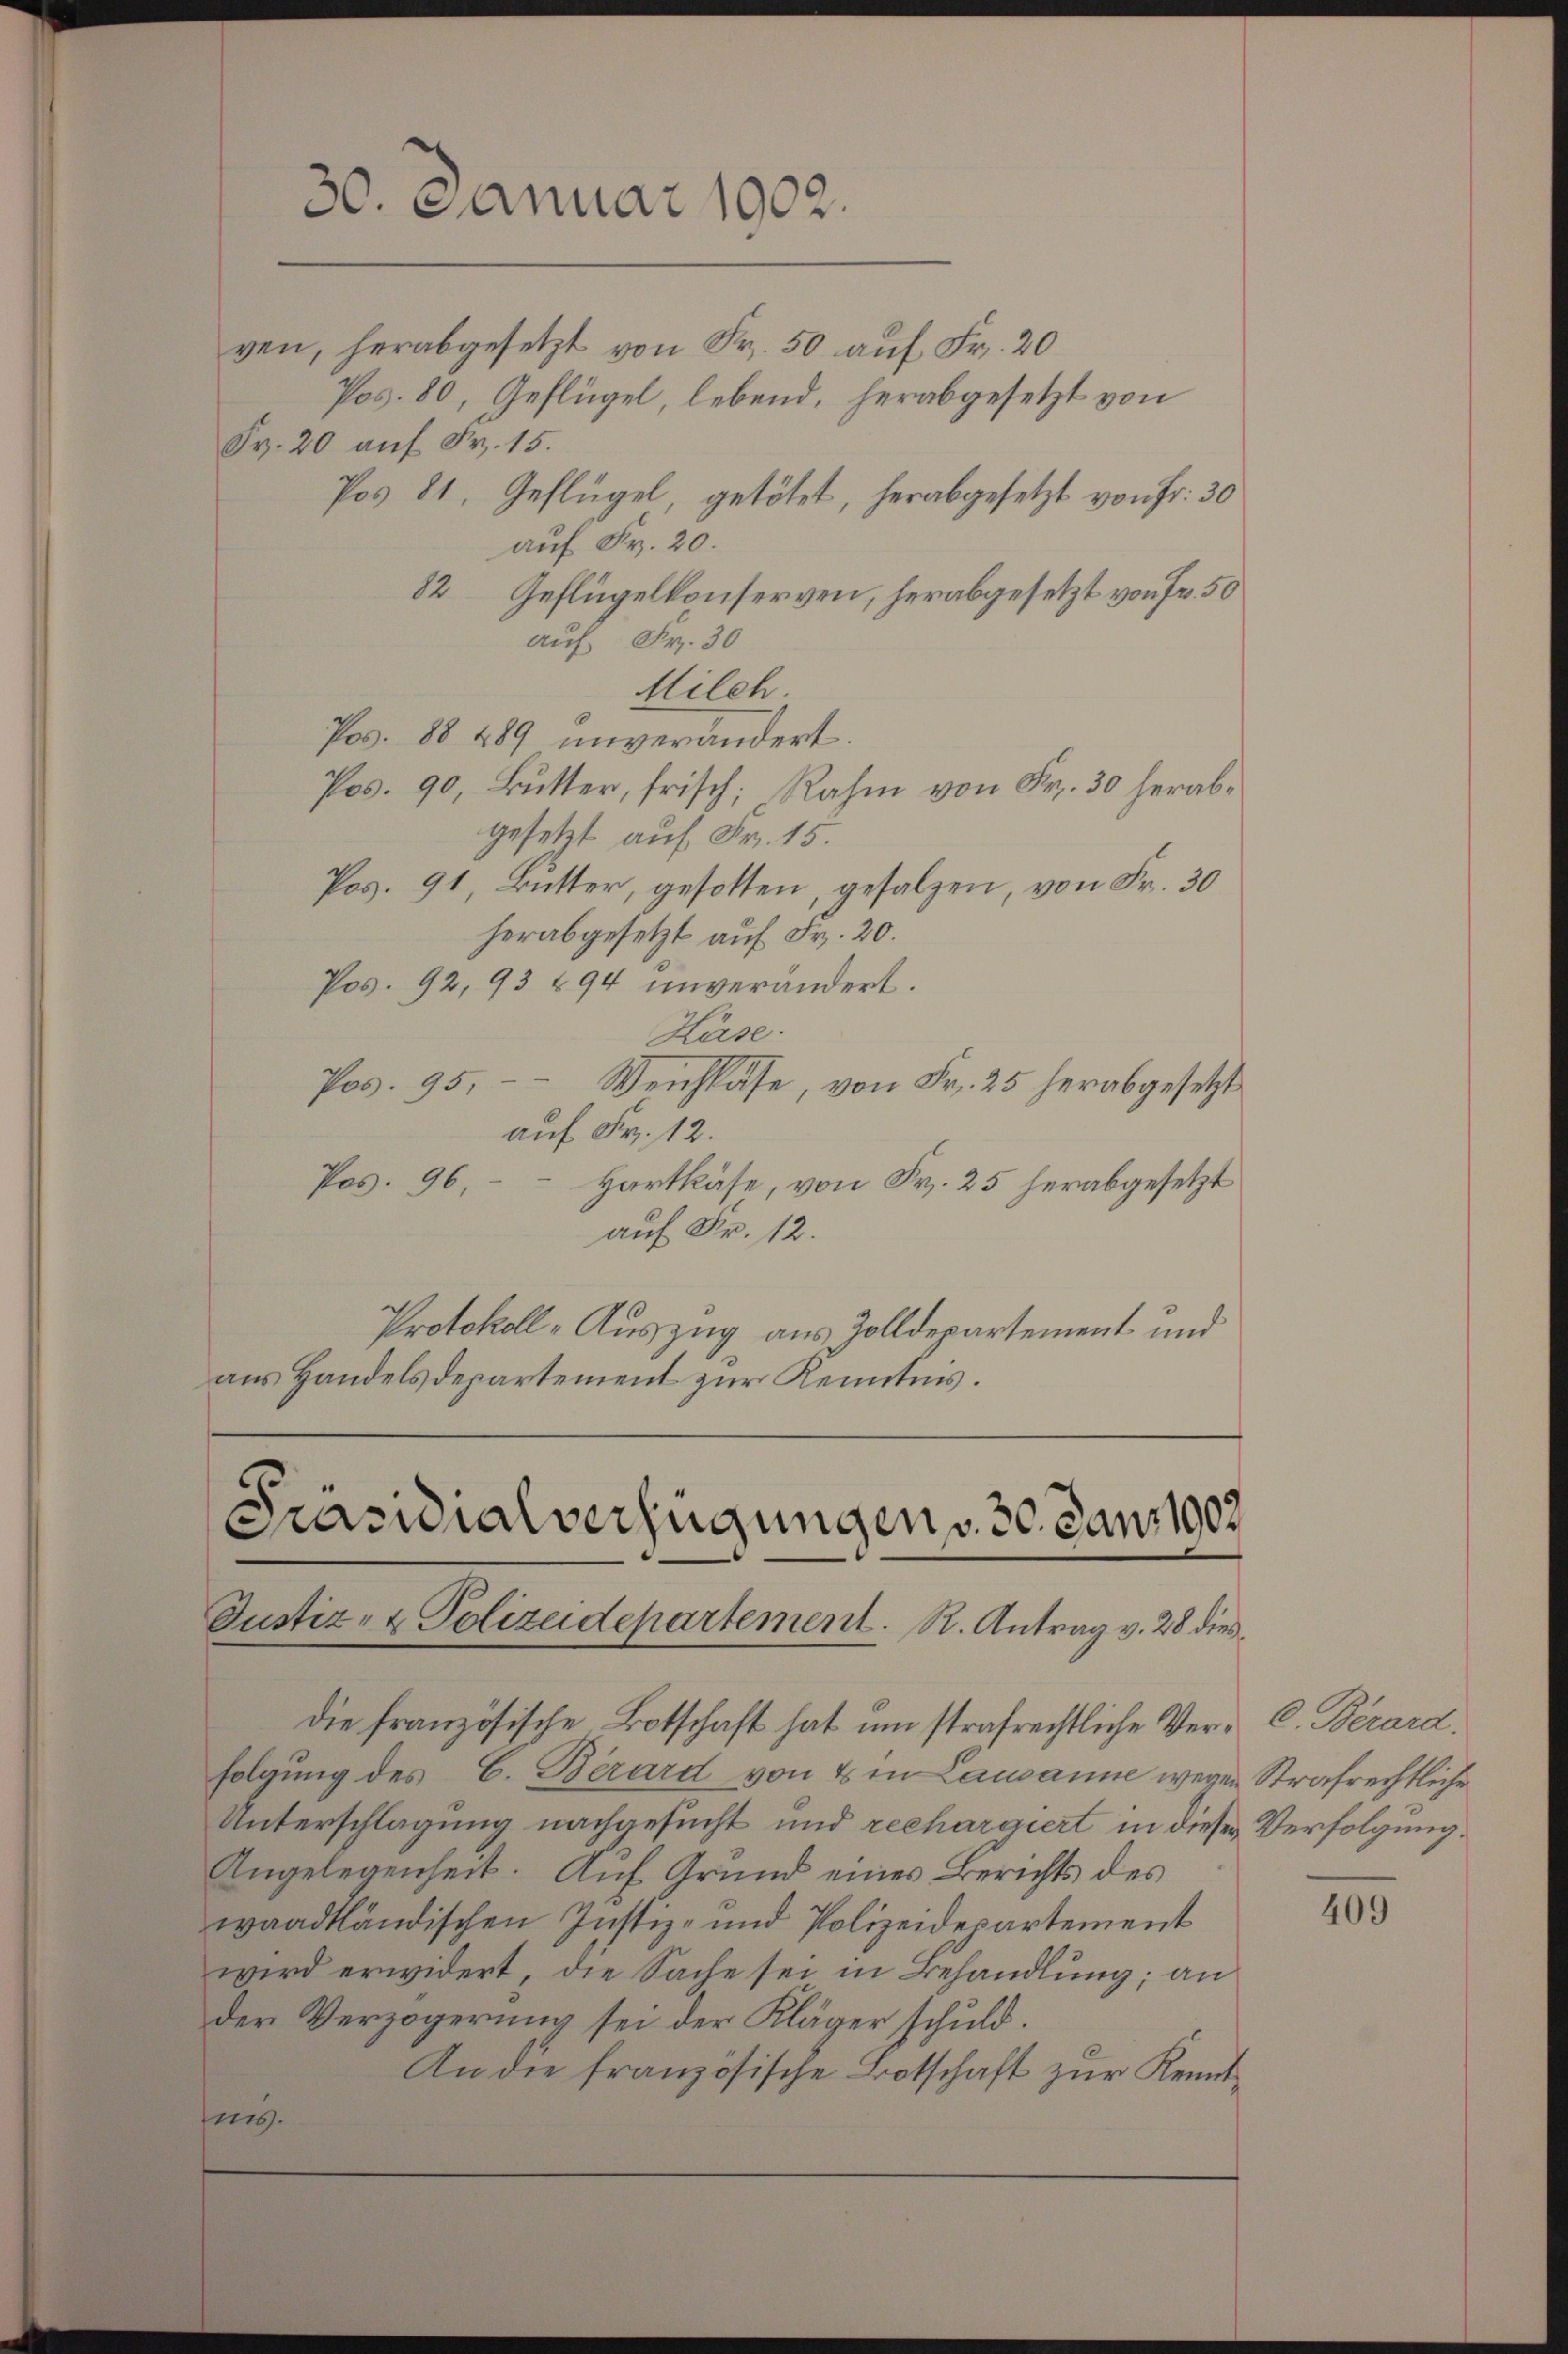
ven, herabgesetzt von Fr. 50 auf Fr. 20
Pos. 80, Geflügel, lebend, herabgesetzt von
Fr. 20 auf Fr. 15.
Pos 81. Geflügel, getötet, herabgesetzt von Fr. 30
auf Fr. 20.
82 Geflügelkonserven, herabgesetzt von Fr. 50
auf Fr. 30
Milch
Pos. 88 489 unverändert.
Pos. 90, Butter, frisch, Rahm von Fr. 30 herabgesetzt auf Fr. 15.
Pos. 91, Butter, gesotten, gesalzen, von Fr. 30
herabgesetzt auf Fr. 20.
Pos. 92, 93 494 unverändert.
Käse.
Pos. 95. - Weichkäse, von Fr. 25 herabgesetzt
auf Fr. 12.
Pos. 96.
Hartkäse, von Fr. 25 herabgesetzt
auf Fr. 12.
Protokoll-Auszug aus Zolldepartement und
aus Handelsdepartement zur Kenntnis.

30. Januar 1902.

Präsidialverfügungen v. 30. Janr 1909
Justiz- & Polizeidepartement. R. Antrag v. 28 dies
die französische Botschaft hat um strafrechtliche Ver- C. Berard,

folgung des C. Berard von 4 in Lausanne wegen Strafrechtliche
Unterschlagung nachgesucht und rechargiert in dieser Verfolgung.
Angelegenheit. Auf Grund eines Berichts des
waadtländischen Justiz- und Polizeidepartement
wird erwidert, die Sache sei in Behandlung; an
der Verzögerung sei der Kläger schuld.
An die französische Botschaft zur Kenntes.

409